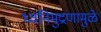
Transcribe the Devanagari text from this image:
ध्वनिमुद्रणामुळे